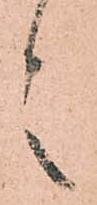
言